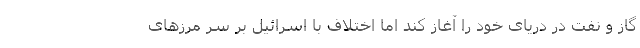
گاز و نفت در دریای خود را آغاز کند اما اختلاف با اسرائیل بر سر مرزهای